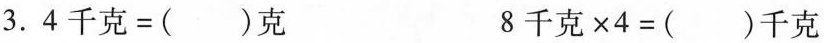
3. $$4 千 克 = ( ) 克$$ $$8 千 克 × 4 = ( ) 千 克$$